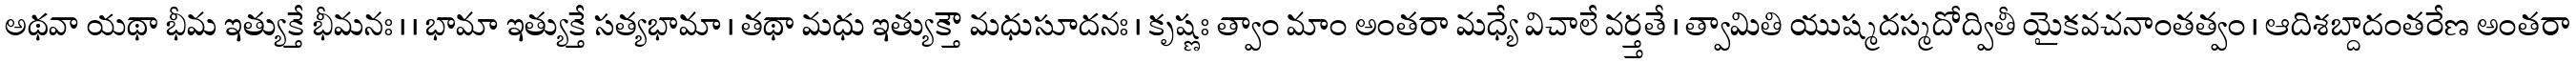
అథవా యథా భీమ ఇత్యుక్తే భీమనః । । భామా ఇత్యుక్తే సత్యభామా । తథా మధు ఇత్యుక్తౌ మధుసూదనః । కృష్ణః త్వాం మాం అంతరా మధ్యే విచాలే వర్త్తతే । త్వామితి యుష్మదస్మదోద్వితీ యైకవచనాంతత్వం । ఆదిశబ్దాదంతరేణ అంతరా